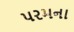
પરમના